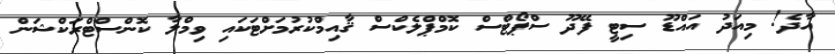
އާދެ! މިއަދު އައްޑޫ ސިޓީ ފޭދޫ ސްޕޯޓްސް ކޮމްޕްލެކްސް ޤާއިމްކުރުމަށްޓަކައި ވިމްލާ ކޮންސްޓްރަކްޝަން